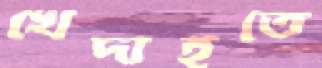
খেদাইতে